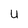
Character: u